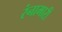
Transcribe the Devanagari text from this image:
रंनामारी